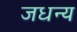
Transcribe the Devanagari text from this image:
जधन्य